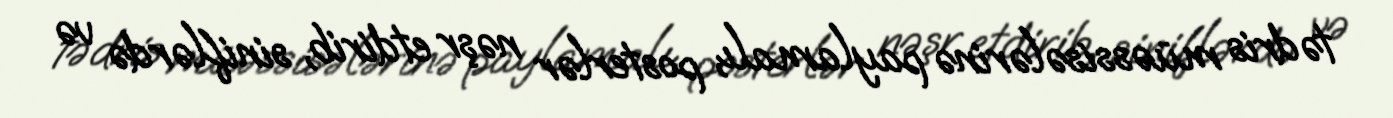
tədris müəssisələrinə paylamalı, posterlər nəşr etdirib, siniflərdə və